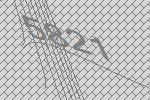
5821